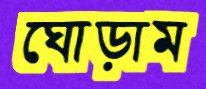
ঘোড়াম